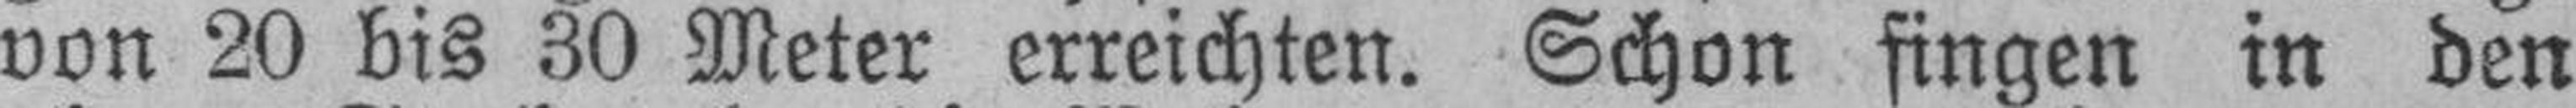
von 20 bis 30 Meter erreichten. Schon fingen in den